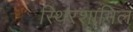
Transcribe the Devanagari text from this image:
स्थिरशामिल